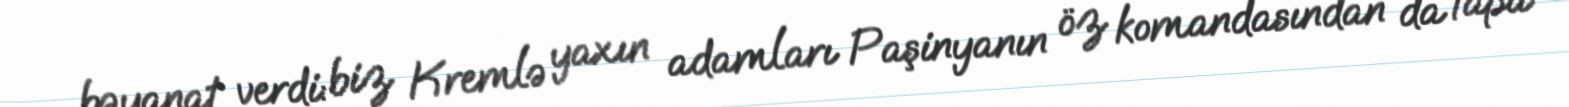
bəyanat verdi: biz Kremlə yaxın adamları Paşinyanın öz komandasından da tapa